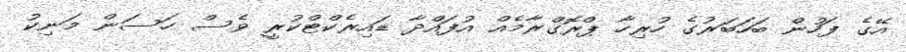
އޭގެ ފަހުން ބަހަބަރުގެ ހުރިހާ ޕްރޮގްރާމެއް އުފައްދާ ޑައިރެކްޓްކުރީ ވެސް ހަސަން މަނިކު